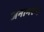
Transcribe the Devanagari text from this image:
जनाभरण